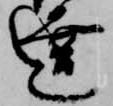
達